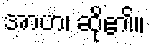
အာဟ၊ ဆို၏။